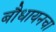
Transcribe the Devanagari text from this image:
बौधायनचा